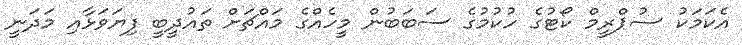
އެކަމަކު ސުޕްރީމް ކޯޓުގެ ހުކުމުގެ ސަބަބުން މީހެއްގެ މައްޗަށް ތައުދީބީ ފިޔަވަޅާއި މަދަނީ